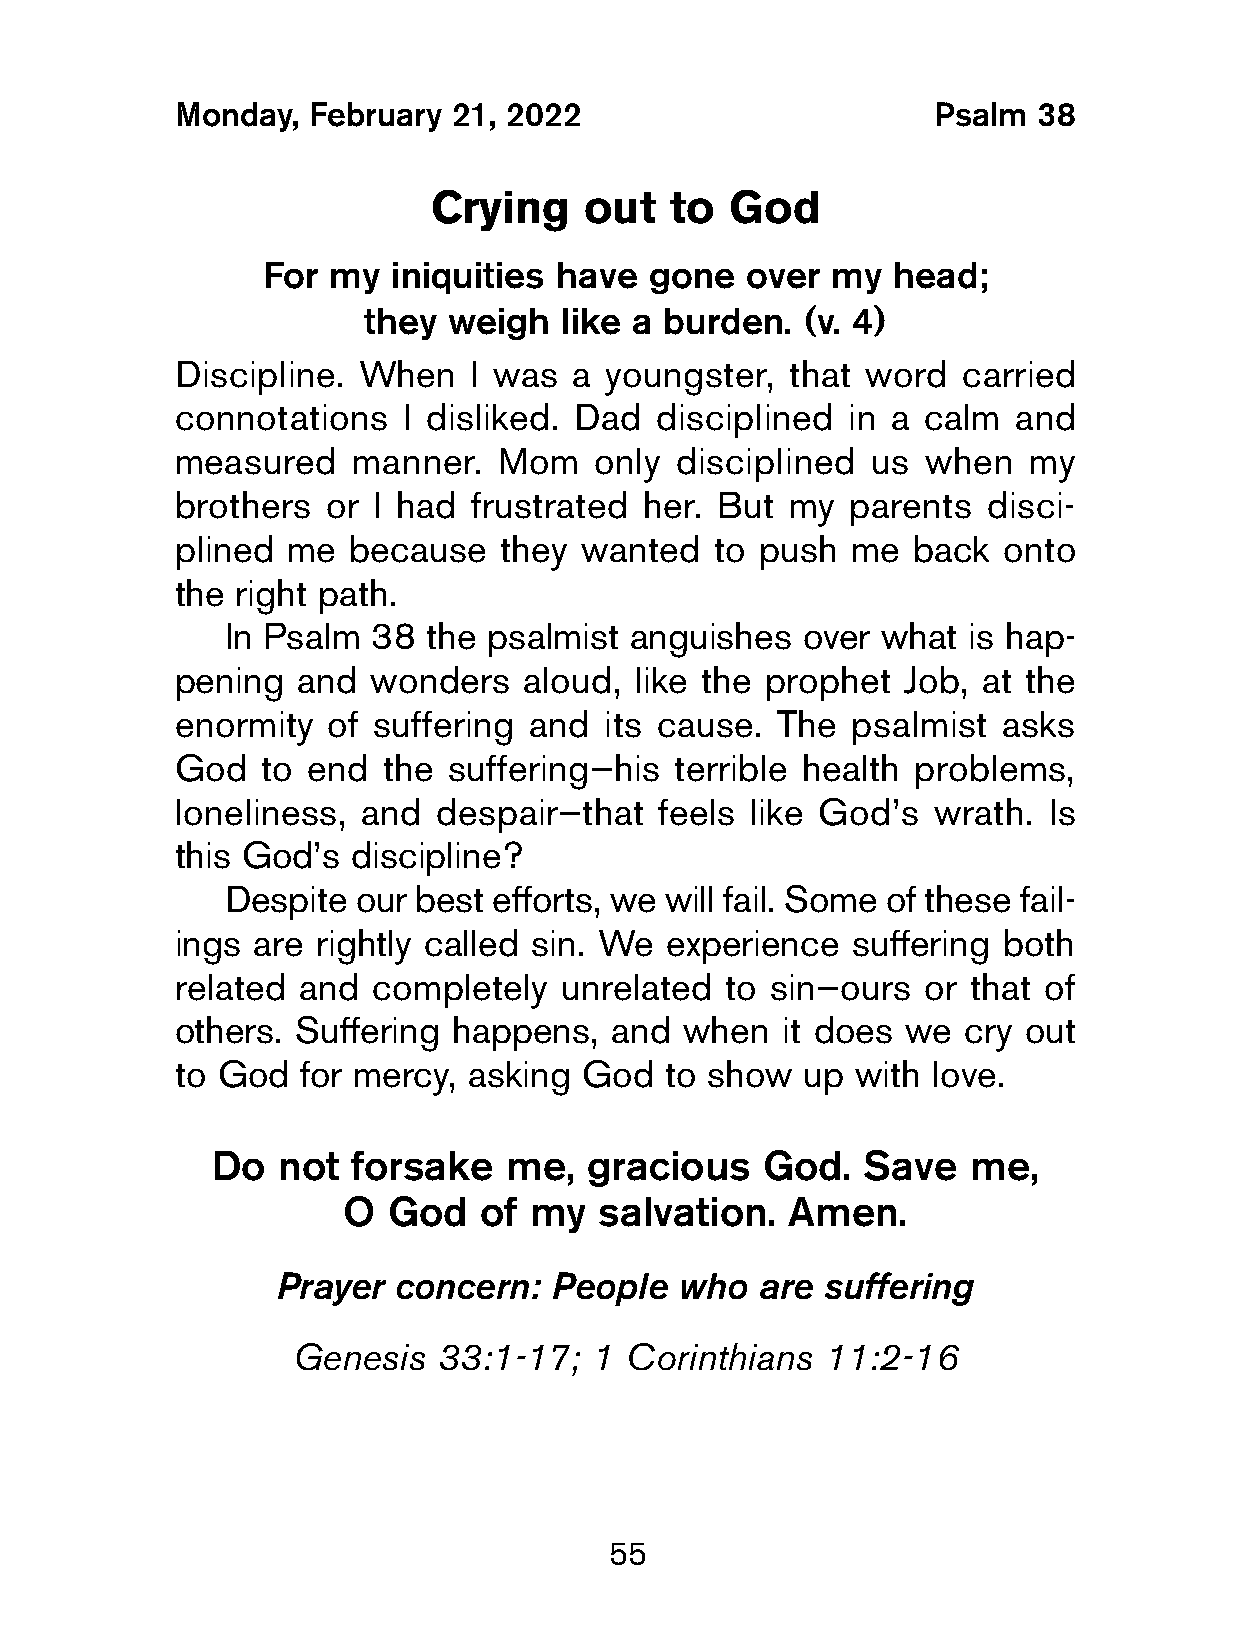
Monday,  February  21, 2022                        Psalm  38
 Crying     out  to  God
 For  my  iniquities have  gone  over  my  head;
 they  weigh  like a burden.  (v. 4)
 Discipline.  When   I was  a youngster,  that word   carried
 connotations    I disliked. Dad disciplined  in a calm  and
 measured    manner.   Mom   only  disciplined  us when   my
 brothers  or  I had frustrated her. But  my  parents  disci-
 plined  me  because   they wanted   to push  me  back  onto
 the  right path.
 In Psalm  38 the psalmist  anguishes  over what  is hap-
 pening   and wonders    aloud, like the prophet  Job, at the
 enormity   of suffering and  its cause. The  psalmist  asks
 God   to end  the  suffering—his  terrible health problems,
 loneliness,  and  despair—that  feels  like God’s  wrath. Is
 this God’s  discipline?
 Despite our best  efforts, we will fail. Some of these fail-
 ings  are rightly called sin. We experience  suffering both
 related  and  completely  unrelated  to sin—ours  or that of
 others.  Suffering happens,  and  when   it does we  cry out
 to God   for mercy, asking God   to show  up  with love.
 Do  not  forsake   me,   gracious   God.   Save   me,
 O  God   of my   salvation.  Amen.
 Prayer  concern:  People   who  are suffering
 Genesis   33:1-17;  1 Corinthians   11:2-16
 55